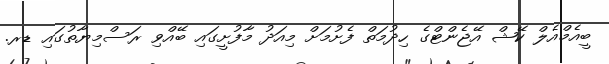
ބީއެމްއެލް ކޭޝް އޭޖެންޓްގެ ހިދުމަތް ފެށުމަށް މިއަދު މާފުށީގައި ބޭއްވި ރަސްމިޔާތުގައި ޑރ.